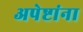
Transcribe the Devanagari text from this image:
अपेष्टांना